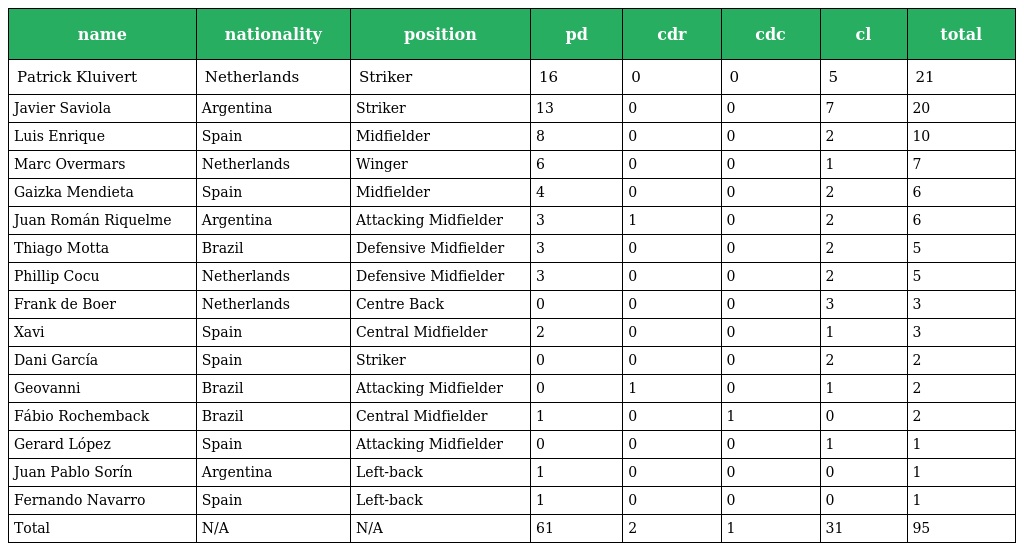
| name | nationality | position | pd | cdr | cdc | cl | total |
 | --- | --- | --- | --- | --- | --- | --- | --- |
 | Patrick Kluivert | Netherlands | Striker | 16 | 0 | 0 | 5 | 21 |
 | Javier Saviola | Argentina | Striker | 13 | 0 | 0 | 7 | 20 |
 | Luis Enrique | Spain | Midfielder | 8 | 0 | 0 | 2 | 10 |
 | Marc Overmars | Netherlands | Winger | 6 | 0 | 0 | 1 | 7 |
 | Gaizka Mendieta | Spain | Midfielder | 4 | 0 | 0 | 2 | 6 |
 | Juan Román Riquelme | Argentina | Attacking Midfielder | 3 | 1 | 0 | 2 | 6 |
 | Thiago Motta | Brazil | Defensive Midfielder | 3 | 0 | 0 | 2 | 5 |
 | Phillip Cocu | Netherlands | Defensive Midfielder | 3 | 0 | 0 | 2 | 5 |
 | Frank de Boer | Netherlands | Centre Back | 0 | 0 | 0 | 3 | 3 |
 | Xavi | Spain | Central Midfielder | 2 | 0 | 0 | 1 | 3 |
 | Dani García | Spain | Striker | 0 | 0 | 0 | 2 | 2 |
 | Geovanni | Brazil | Attacking Midfielder | 0 | 1 | 0 | 1 | 2 |
 | Fábio Rochemback | Brazil | Central Midfielder | 1 | 0 | 1 | 0 | 2 |
 | Gerard López | Spain | Attacking Midfielder | 0 | 0 | 0 | 1 | 1 |
 | Juan Pablo Sorín | Argentina | Left-back | 1 | 0 | 0 | 0 | 1 |
 | Fernando Navarro | Spain | Left-back | 1 | 0 | 0 | 0 | 1 |
 | Total | N/A | N/A | 61 | 2 | 1 | 31 | 95 |